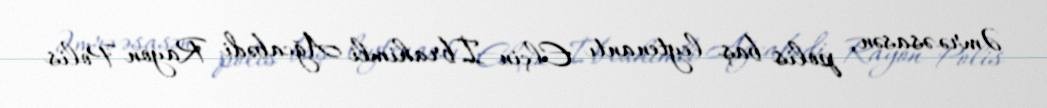
Əmrə əsasən, polis baş leytenantı Elçin İbrahimli Ağcabədi Rayon Polis